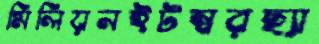
মিলিয়নইটম্বরছ্যা